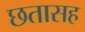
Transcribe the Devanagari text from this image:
छतासह